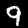
Digit: 9